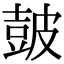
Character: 皷